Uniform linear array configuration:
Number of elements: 24
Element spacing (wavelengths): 0.75
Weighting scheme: cosine
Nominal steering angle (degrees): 30
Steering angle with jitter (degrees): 28.911
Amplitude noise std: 0.05
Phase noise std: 0.05

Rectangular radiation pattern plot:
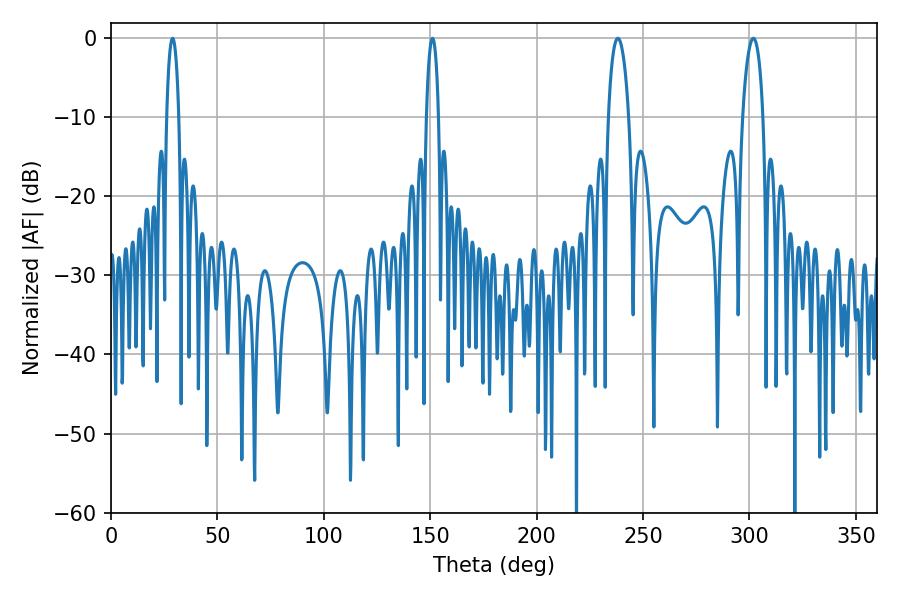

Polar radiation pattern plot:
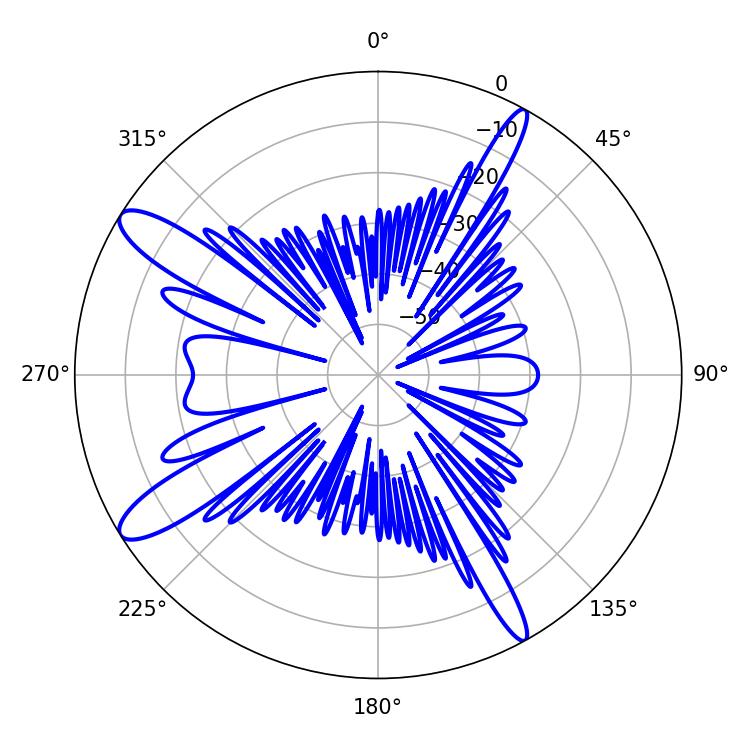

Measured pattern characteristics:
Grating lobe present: TRUE
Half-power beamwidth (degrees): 5.4
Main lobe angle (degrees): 238.14